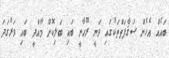
ބައެއް އެހެން ސަޤާފަތްތަކުގައި ވަނީ ރޫޙާނީ ބައި ބަލިކޮށް މާއްދީ ބައި ވަރުގަދަ